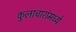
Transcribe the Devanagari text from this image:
कुलाचारांमध्ये